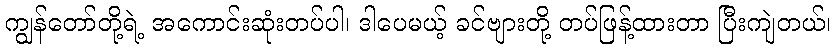
ကျွန်တော်တို့ရဲ့ အကောင်းဆုံးတပ်ပါ၊ ဒါပေမယ့် ခင်ဗျားတို့ တပ်ဖြန့်ထားတာ ပြီးကျဲတယ်၊